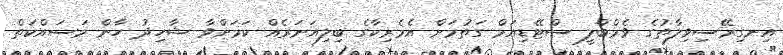
އިނގިރޭސިވިލާތުގެ ވެމްބްލީ ސްޓޭޑިއަމް ގަތުމަށް އެމެރިކާގެ ބިލިއަނަރެއް ކަމަށްވާ ޝާހިދު ހާން މަސައްކަތް